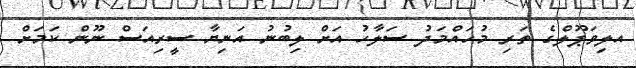
އލިވަޕޫލްގެ ތަރި މުހައްމަދު ސަލާހު އަށް ލިބުނު އަނިޔާ ސީރިއަސް ނޫން ކަމަށް